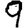
Digit: 9